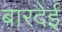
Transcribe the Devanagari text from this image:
बारदेई